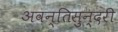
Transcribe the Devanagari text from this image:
अवन्तिसुन्दरी